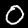
Label: 0